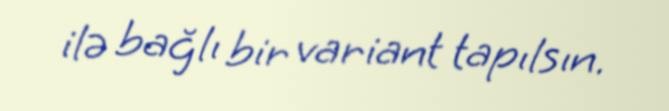
ilə bağlı bir variant tapılsın.